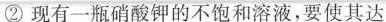
②现有一瓶硝酸钾的不饱和溶液，要使其达